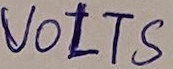
Text: VOLTS